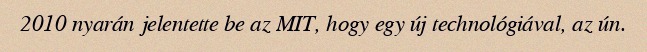
2010 nyarán jelentette be az MIT, hogy egy új technológiával, az ún.